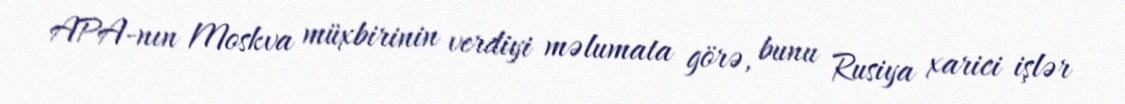
APA-nın Moskva müxbirinin verdiyi məlumata görə, bunu Rusiya xarici işlər